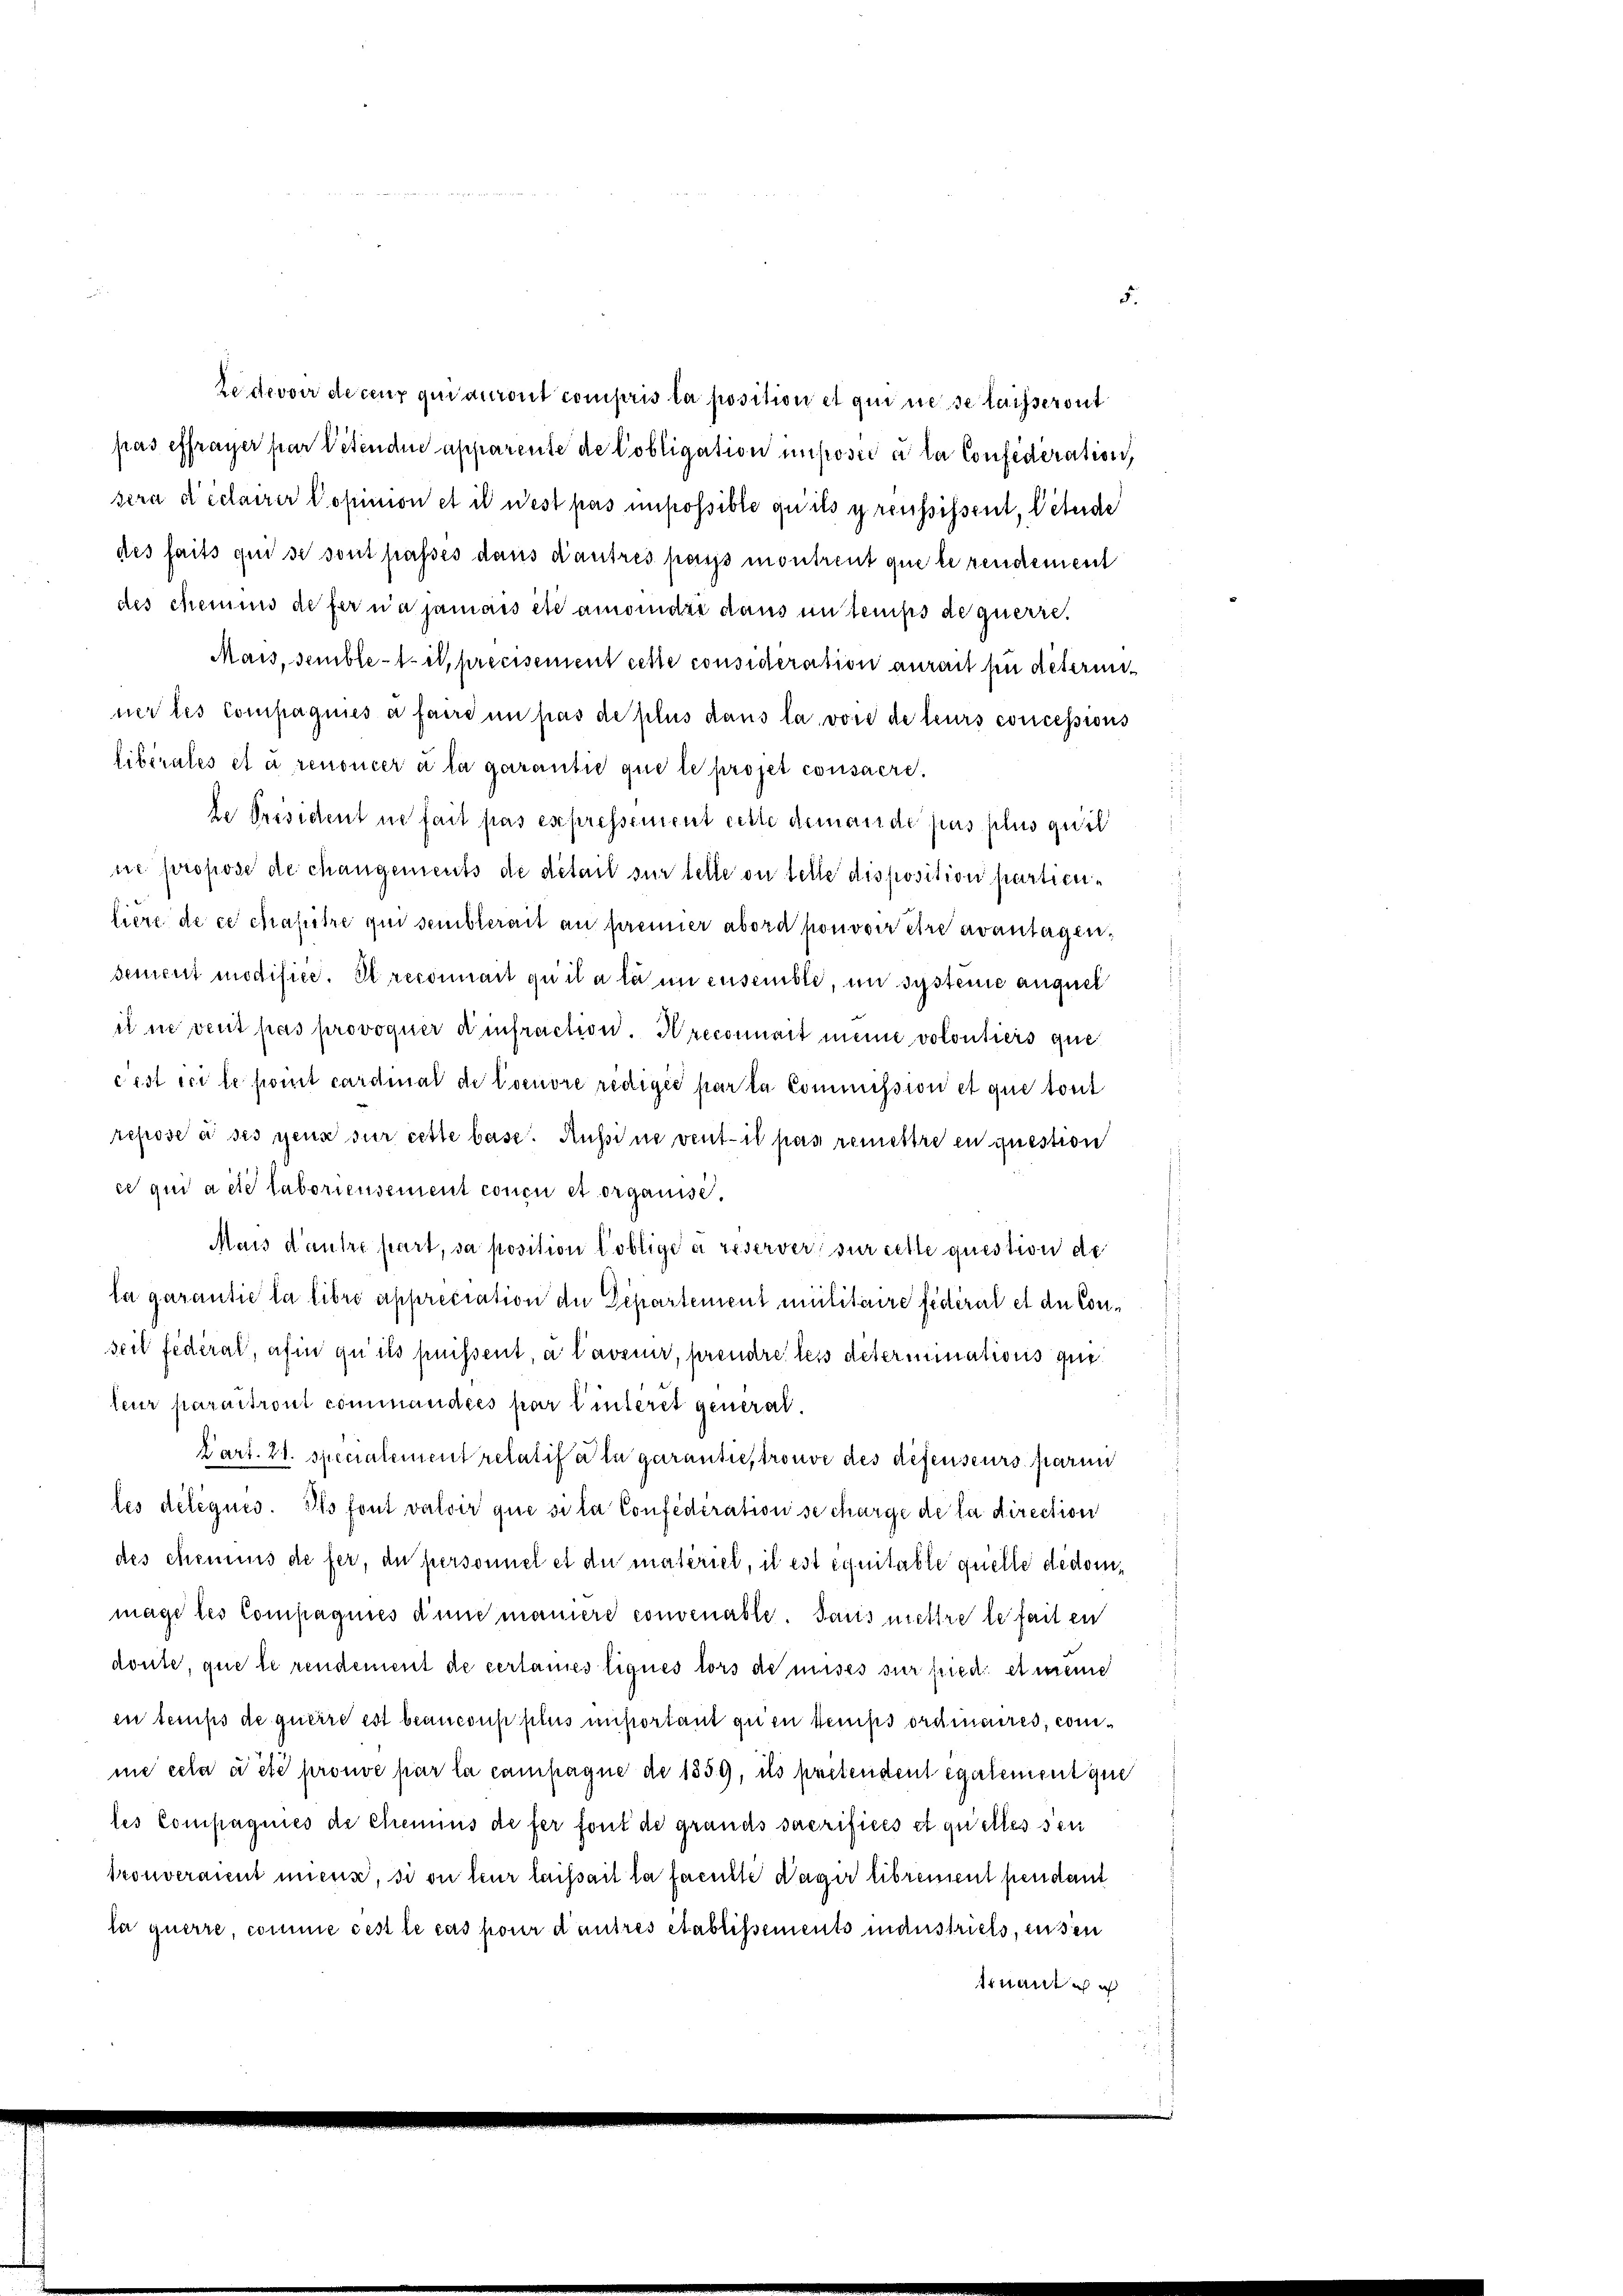
5.

des faits qui se sont passés dans d’autres pass montreut que le rendement
des chemnis defer na jamais etc amodie dans un temps de querre.
Mais, semble-tis, précisement cette considération aurait für deteriner les Compagnies a faire in pas de plus dans la vore de leurs concessions
libérales et à renoncer à la garantie que le projet consacrele Präsident ne fait pas es pressement cette demande pas plus gidit
ne propose de changements de detail sur telle ou telle disposition partienliere de ce chapitre qui semblerait an prenner abord pouvoir être avantagensement modifice. Et reconnait qu’il a la in ensemble, in systeme auquel
it in vent pas provoquer d infraction. Hreconnait meine volontiers que
cist ici le font cardinal de loeuvre rediges par la Commission et que tout
repose à ses gene sur cette base. Aussine vent il pas remettre en question
ce qui a été laboriensement conce et organisi¬
Mais d’autre sart, sa position loblige a reservers sur cette question de
la garantie la libre apprecration der Departement militaire fédéral et du Conseil fédéral, afin zu ils puissent, à l’aveur, prendre les determinations gutleur paraitront commandées par l’interet general¬
Kart. 21. specialement relatif à la garantie, trouve des defenseurs paren
les délégués. Ils font valoir que si la Confederation se charge de la direction
des chemnis de fer, du personnel et die materiel, il est équitable quelle dedommage les Compagnies d’une maniere convenable. Paris mettre le fait en
doute, que le rendement de certanes liques tors de mises sur fried. et meine
en temps de querre est beanconpplus unportant que temps ordinaires, comme cela a été prouve par la campagne de 1859, ils pretendent egalement que
les Compagnies de Chemins de fer font des grands sacrifices et quelles sen
trouveraient miens, si on leur laissait la faculte Wäger librement pendant
la querre, comme cest le cas pour d’autres établissements maustriels, ensen
tnant

Ledevoir de ceux qui auront compris la position et qui ne se laisseront
pas effrayer par Petenden apparente de Pobligation imposée à la Confederation,
sera déclarer Copinion et il n’est pas impossible qu’ils greussissent, Peterde